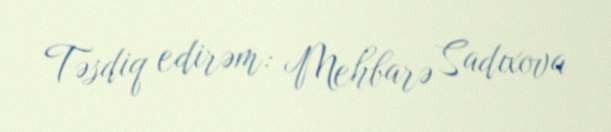
Təsdiq edirəm: Mehbarə Sadıxova